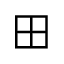
\boxplus